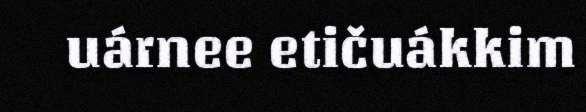
uárnee etičuákkim